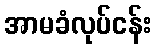
အာမခံလုပ်ငန်း